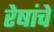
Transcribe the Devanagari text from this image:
रेषांचे